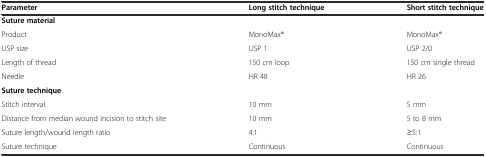
<table><thead><tr><td><b>Parameter</b></td><td><b>Long stitch technique</b></td><td><b>Short stitch technique</b></td></tr></thead><tbody><tr><td><b>Suture material</b></td><td></td><td></td></tr><tr><td>Product</td><td>MonoMax®</td><td>MonoMax®</td></tr><tr><td>USP size</td><td>USP 1</td><td>USP 2/0</td></tr><tr><td>Length of thread</td><td>150 cm loop</td><td>150 cm single thread</td></tr><tr><td>Needle</td><td>HR 48</td><td>HR 26</td></tr><tr><td><b>Suture technique</b></td><td></td><td></td></tr><tr><td>Stitch interval</td><td>10 mm</td><td>5 mm</td></tr><tr><td>Distance from median wound incision to stitch site</td><td>10 mm</td><td>5 to 8 mm</td></tr><tr><td>Suture length/wound length ratio</td><td>4:1</td><td>≥5:1</td></tr><tr><td>Suture technique</td><td>Continuous</td><td>Continuous</td></tr></tbody></table>